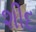
શીદ